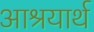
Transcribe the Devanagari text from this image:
आश्रयार्थ